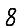
Digit: 8